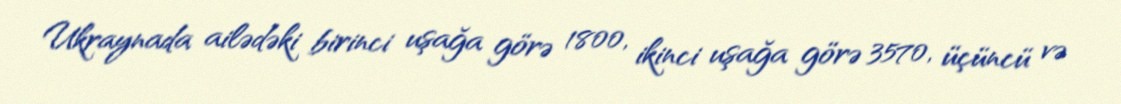
Ukraynada ailədəki birinci uşağa görə 1800, ikinci uşağa görə 3570, üçüncü və